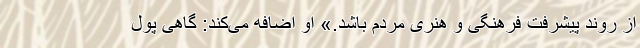
از روند پیشرفت فرهنگی و هنری مردم باشد.» او اضافه می‌کند: گاهی پول